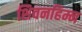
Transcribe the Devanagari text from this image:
शिवनहिम्न